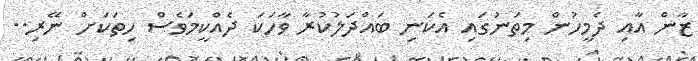
ޒާން އާއި ދެމީހުން މިތަނުގައި އެކަނި ބައްދަލުކުރާ ވާހަކަ ދެއްކީމަވެސް ހިތަކަށް ނޭރި..